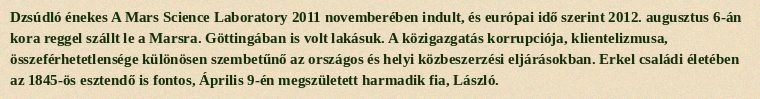
Dzsúdló énekes A Mars Science Laboratory 2011 novemberében indult, és európai idő szerint 2012. augusztus 6-án kora reggel szállt le a Marsra. Göttingában is volt lakásuk. A közigazgatás korrupciója, klientelizmusa, összeférhetetlensége különösen szembetűnő az országos és helyi közbeszerzési eljárásokban. Erkel családi életében az 1845-ös esztendő is fontos, Április 9-én megszületett harmadik fia, László.